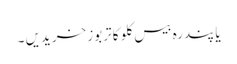
یا پندرہ بیس کلو کا تربوز خریدیں ۔